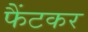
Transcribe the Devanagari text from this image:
फैंटकर